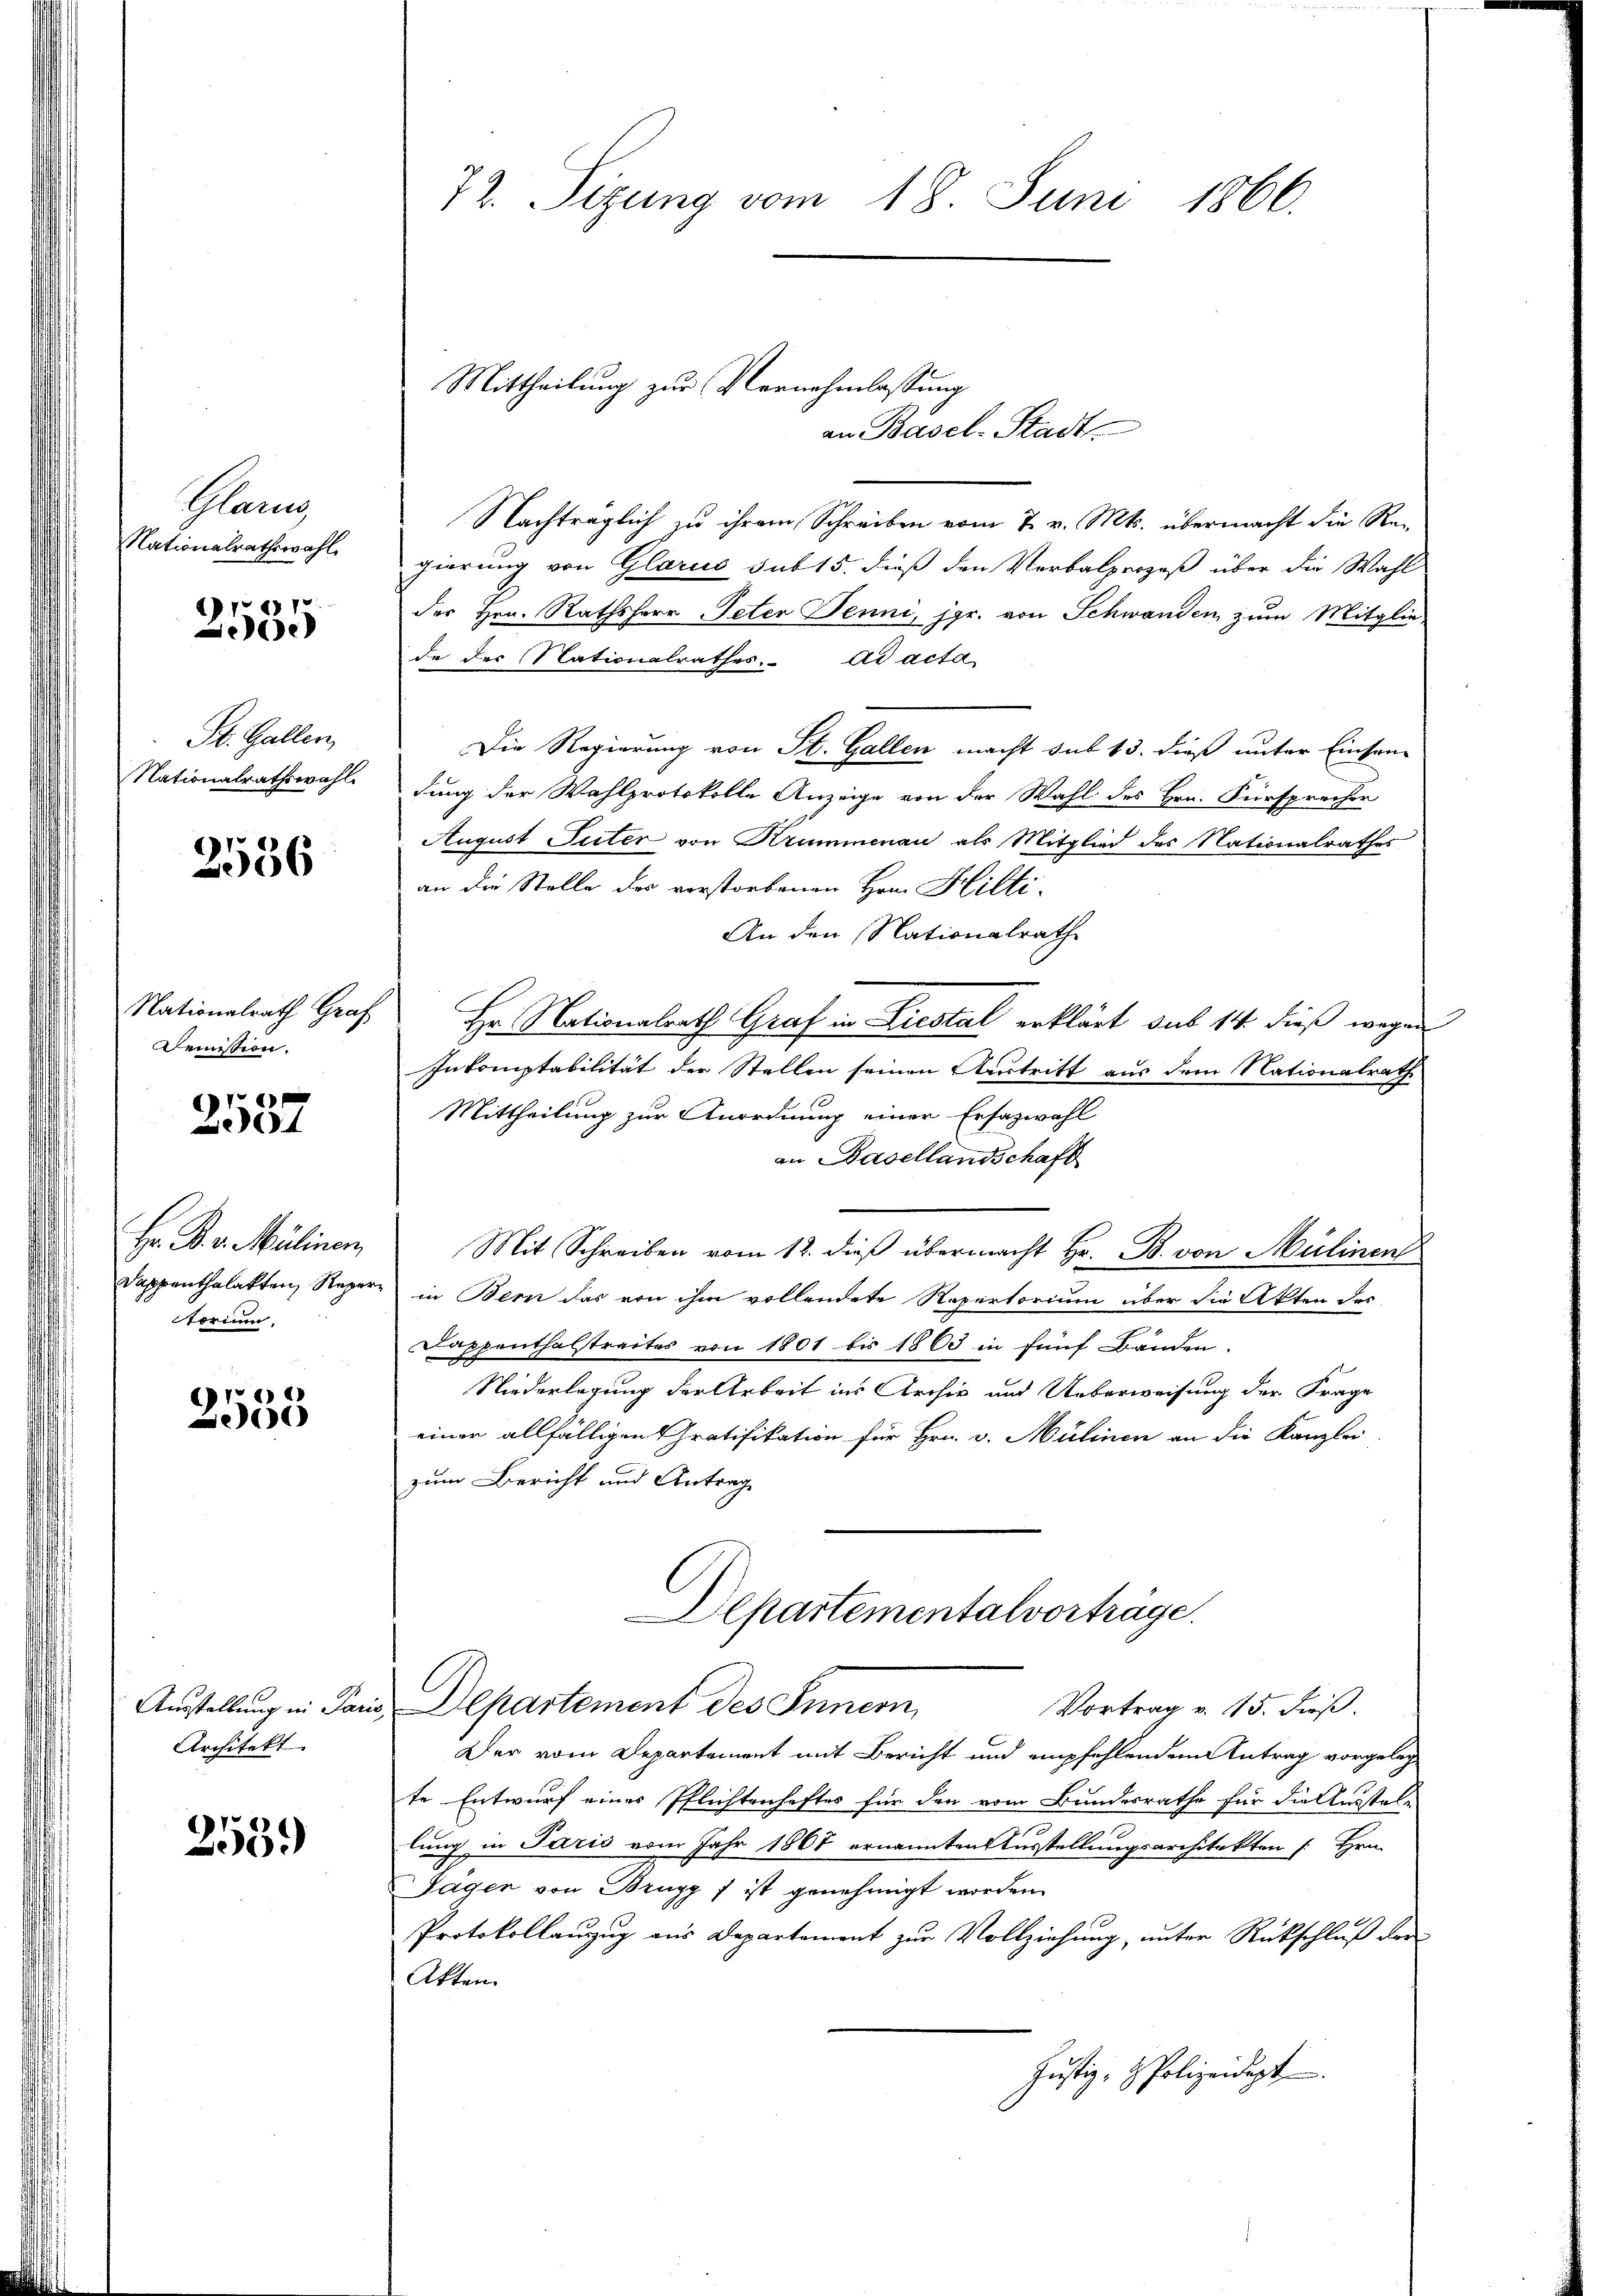
Sarn
Nationalrathswahl,

70
)
ee

St. Gallen,
Nationalrathswahl.

2536

Nationalrath Graf
Demission.

2537

Hr. P. v. Mülinen
Dappenthalakten Reper
torien.

) 2)
e

Ausstellung in Par
Architekt.

253.

72. Sizung vom 18. Juni 1866.

an Basel-Stadt
Nachträglich zu ihrem Schreiben vom 7. v. Mts. übermacht die Regierung von Glarus sub 15. dieß den Verbalprozeß über die Wahl
der Hrn. Rathsherr Peten Jenni, jgr. von Schwanden zum Mitglie-
de des Nationalrathes. ad acta
Die Regierung von St. Gallen macht sub 13. dieß unter Einsam-
dung der Wahlprotokolle Anzeige von der Wahl des Hrn. Fürsprecher
August Suter von Krummenau als Mitglied des Nationalrathes
an die Stelle des verstorbenen Hrn. Hilti-
An den Nationalrath
Hr Nationalrath Graf in Liestal erklärt sub 14 dieß wegen
Inkomptabilität der Stellen seinen Austritt aus dem Nationalrathe
Mittheilung zur Anordnung einer Erfazwahl
an Basellandschaft
Mit Schreiben vom 12. dieß übermacht Hr. B. von Mülinen
in Bern das von ihm vollendete Repertorium über die Akten des
Dappenthalstreites von 1801 bis 1863 in fünf Bänden.
Niederlegung der Arbeit ins Archiv und Ueberweisung der Frage
einer allfälligen Gratifikation für Hrn. v. Mülinen an die Kanzlei-
zum Bericht und Antrage
Departementalvorträge.
Departement des Innern
Vortrag v. 15. dieß.
Der vom Departement mit Bericht und empfehlendem Antrag vorgeleg
te Entwurf eines Pflichtenheftes für den vom Bundesrathe für die Ausstel-
lung in Paris vom Jahr 1861 ernannten Ausstellungsarchitekten [Hrn.
Jagen von Brugg ) ist genehmigt worden.
Protokollauszug aus Departement zur Vollziehung, unter Rückschluß der
Akten.
Justiz- & Polizeidigt

Mittheilung zur Vernehmlassung